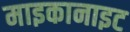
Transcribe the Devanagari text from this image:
माइकानाइट